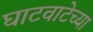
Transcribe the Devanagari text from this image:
घाटवाटेच्या